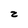
Character: z